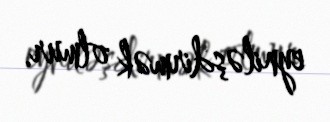
eyniləşdirmək olmur.